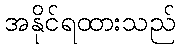
အနိုင်ရထားသည်